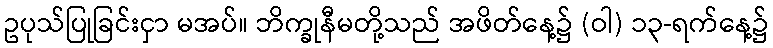
ဥပုသ်ပြုခြင်းငှာ မအပ်။ ဘိက္ခုနီမတို့သည် အဖိတ်နေ့၌ (ဝါ) ၁၃-ရက်နေ့၌